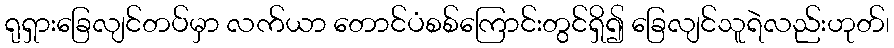
ရုရှားခြေလျင်တပ်မှာ လက်ယာ တောင်ပံစစ်ကြောင်းတွင်ရှိ၍ ခြေလျင်သူရဲလည်းဟုတ်၊